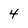
Character: 4